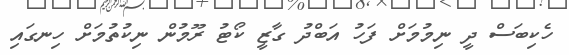
ހެކިބަސް ދީ ނިމުމަށް ފަހު އަބްދު ގާޒީ ކޯޓު ރޫމުން ނިކުތުމަށް ހިނގައި